Report of the Municipal Commissioner on the plague in Bombay for the year ending 31st May... - Volume 1
Disease focus: Plague
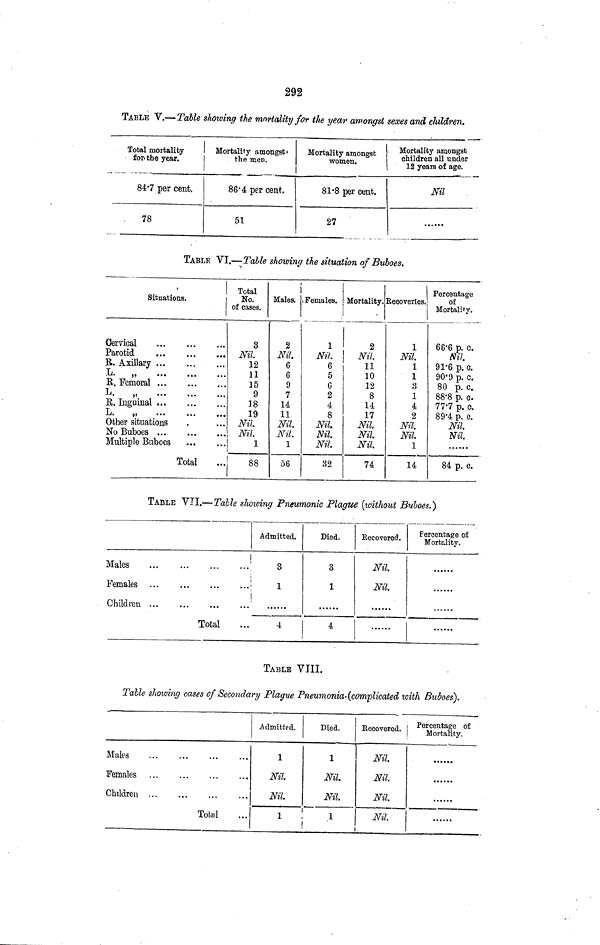
292
TABLE V.— Table showing the mortality for the year amongst sexes and children.
Total mortality
for· the year.
84·7 per cent.
78
Mortality amongst'
the men.
86.4 per cent.
51
Mortality amongst
women.
81 ·8 per cent.
27
Mortality amongst
children all under
12 years of age.
Nil
TABLE VI.—Talle showing the situation of Buboes.
Situations.
Cervical
,.
Parotid
R. Axillary ...
L. „
R. Femoral
L.
„
R.. Inguinal
L. „
Other situations
No Buboes
Multiple Buboes
Total
Total
No.
of cases.
3
Nil
12
11
15
9
18
19
Nil.
Nil
|
1
88
Males.
2
Nil.
6
6
9
7
14
11
Nil.
Nil.
1
56
Females.
Í
1
Nil.
6
5
6
2
4
8
Nil
Nil.
Nil
32
Mortality.
2
Nil
11
10
12
8
14
17
Nil
Nil
Nil
74
Recoveries.
1
Nil
1
1
3
1
4
2
Nil.
Nil
1
14
Percentage
of
Mortality.
66.6 p. c.
Nil
9.6 p. c.
90.9 p. c.
80 p. c.
88.8 p. c.
77.7 p. c.
89.4 p. c.
Nil
Nil
84 p. c.
TABLE VII.—Table showing Pneumonic Plague (without Buboes.)
Males
Females
Children ...
Total
Admitted.
3
1
4
Died.
3
1
4
Reeovered.
Nil
Nil.
Percentage of
Mortality.
TABLE VIII.
Table showing cases of Secondary Plague Pneumonia· (complicated with Buboes).
Males
Females ...
Children
Total
Admitted.
1
Nil.
Nil
1
Died.
1
Nil
Nil
1
Eecovered.
Nil
Nil
Nil
Nil
Percentage of
Mortality.
......